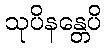
သုပိနန္တေပိ